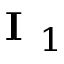
{ \textbf { I } } _ { 1 }